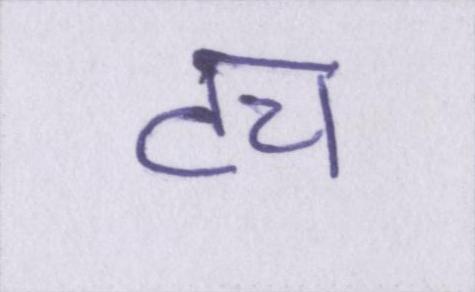
टच